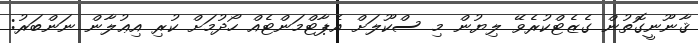
ޤާނޫނީގޮތުން ގެޒެޓްކުރެވޭ ލިޔުން މި ސްކޫލަށް އެޕާޓްމަންޓެއް ހޯދުމަށް ކުރި އިޢުލާން ނަންބަރު: